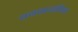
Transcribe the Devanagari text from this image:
वयवासयिक